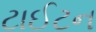
ટાઈટન